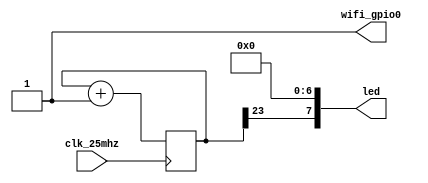
//------------------------------------------------------------------
//-- Blinking LED7 (Blue)
//------------------------------------------------------------------

module top(
    input clk_25mhz,    //-- 25Mhz clock
    output [7:0] led,   //-- LEDs
    output wifi_gpio0
);

    // Tie GPIO0, keep board from rebooting
    assign wifi_gpio0 = 1'b1;

    //-- Turn off all the LEDs except LED7
    assign led[6:0] = 7'b0;

    //-- 24 bits counter
    reg [23:0] counter = 0;

    always @(posedge clk_25mhz) 
        counter <= counter + 1;

    //-- The most significant bit of the counter
    //-- is diplayed on LED7 (blue)
    assign led[7] = counter[23];

endmodule